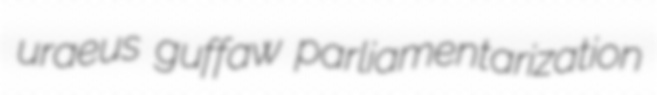
uraeus guffaw parliamentarization